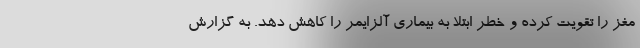
مغز را تقویت کرده و خطر ابتلا به بیماری آلزایمر را کاهش دهد. به گزارش